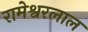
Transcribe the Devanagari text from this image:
रामेश्वरलाल